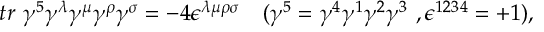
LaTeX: t r \ \gamma ^ { 5 } \gamma ^ { \lambda } \gamma ^ { \mu } \gamma ^ { \rho } \gamma ^ { \sigma } = - 4 \epsilon ^ { \lambda \mu \rho \sigma } \ \ \ ( \gamma ^ { 5 } = \gamma ^ { 4 } \gamma ^ { 1 } \gamma ^ { 2 } \gamma ^ { 3 } \ , \epsilon ^ { 1 2 3 4 } = + 1 ) ,